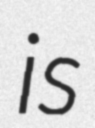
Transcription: is